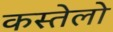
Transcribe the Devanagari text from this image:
कस्तेलो